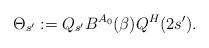
LaTeX: \begin{align*}\Theta_{s'} := Q_{s'}B^{A_0}(\beta) Q^H(2s') .\end{align*}